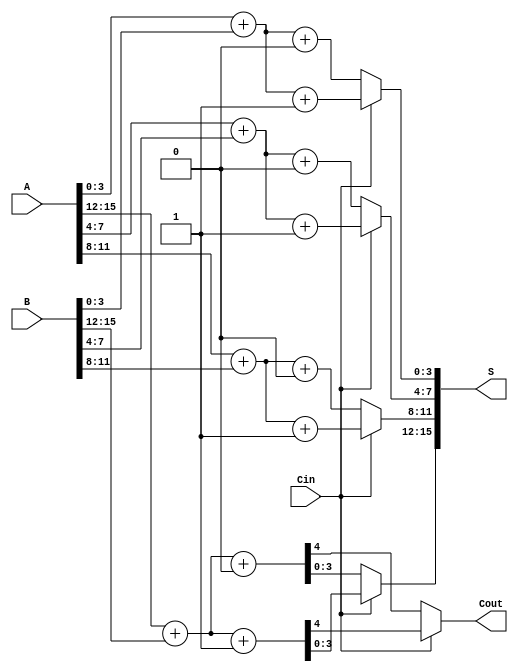
module CarrySelectAdder #(parameter N = 16) (
    input [N-1:0] A,      // First operand
    input [N-1:0] B,      // Second operand
    input Cin,            // Carry input
    output [N-1:0] S,     // Sum output
    output Cout           // Carry output
);

    localparam BLOCK_SIZE = 4; // Size of each block
    localparam NUM_BLOCKS = N / BLOCK_SIZE; // Number of blocks

    wire [BLOCK_SIZE-1:0] S0 [0:NUM_BLOCKS-1]; // Sums when Cin = 0
    wire [BLOCK_SIZE-1:0] S1 [0:NUM_BLOCKS-1]; // Sums when Cin = 1
    wire [NUM_BLOCKS-1:0] C0; // Carry outputs when Cin = 0
    wire [NUM_BLOCKS-1:0] C1; // Carry outputs when Cin = 1
    wire [NUM_BLOCKS:0] C; // Carry chain

    // Generate carry and sum for each block
    genvar i;
    generate
        for (i = 0; i < NUM_BLOCKS; i = i + 1) begin : block
            wire [BLOCK_SIZE-1:0] A_block = A[(i+1)*BLOCK_SIZE-1:i*BLOCK_SIZE];
            wire [BLOCK_SIZE-1:0] B_block = B[(i+1)*BLOCK_SIZE-1:i*BLOCK_SIZE];

            // Compute sums and carries for Cin = 0
            assign {C0[i], S0[i]} = A_block + B_block + 1'b0;

            // Compute sums and carries for Cin = 1
            assign {C1[i], S1[i]} = A_block + B_block + 1'b1;
        end
    endgenerate

    // Carry selection logic
    assign C[0] = Cin; // Initial carry input
    generate
        for (i = 0; i < NUM_BLOCKS; i = i + 1) begin : carry_select
            assign C[i+1] = Cin ? C1[i] : C0[i];
        end
    endgenerate

    // Final sum selection
    generate
        for (i = 0; i < NUM_BLOCKS; i = i + 1) begin : sum_select
            assign S[(i+1)*BLOCK_SIZE-1:i*BLOCK_SIZE] = Cin ? S1[i] : S0[i];
        end
    endgenerate

    // Final carry output
    assign Cout = C[NUM_BLOCKS];

endmodule